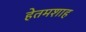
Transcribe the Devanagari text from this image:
हेतमशाह